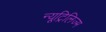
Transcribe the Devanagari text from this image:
न्यूट्रिलिज्म